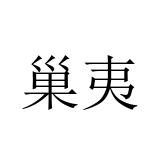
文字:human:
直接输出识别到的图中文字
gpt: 巢夷